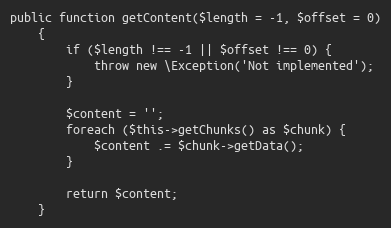
Language: PHP
public function getContent($length = -1, $offset = 0)
    {
        if ($length !== -1 || $offset !== 0) {
            throw new \Exception('Not implemented');
        }

        $content = '';
        foreach ($this->getChunks() as $chunk) {
            $content .= $chunk->getData();
        }

        return $content;
    }